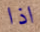
اذا